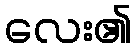
လေး၏